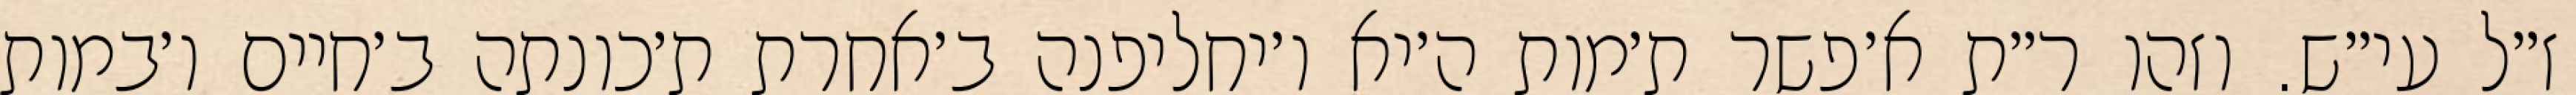
ז״ל עי״ש. וזהו ר״ת א׳פשר ת׳מות ה׳יא ו׳יחליפנה ב׳אחרת ת׳כונתה ב׳חיים ו׳במות